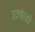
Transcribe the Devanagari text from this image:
उज्पेस्ती